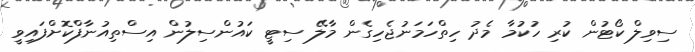
ސިވިލް ކޯޓުން ކުރި ހުކުމާ މެދު ހިތްހަމަނުޖެހިގެން މާލޭ ސިޓީ ކައުންސިލުން އިސްތިއުނާފްކޮށްފައިވީ